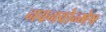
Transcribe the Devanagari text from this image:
नवनवोन्मेष